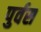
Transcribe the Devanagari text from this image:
पुर्वस